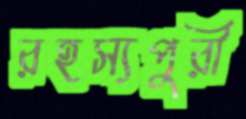
রহস্যপুরী